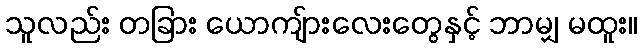
သူလည်း တခြား ယောကျ်ားလေးတွေနှင့် ဘာမျှ မထူး။